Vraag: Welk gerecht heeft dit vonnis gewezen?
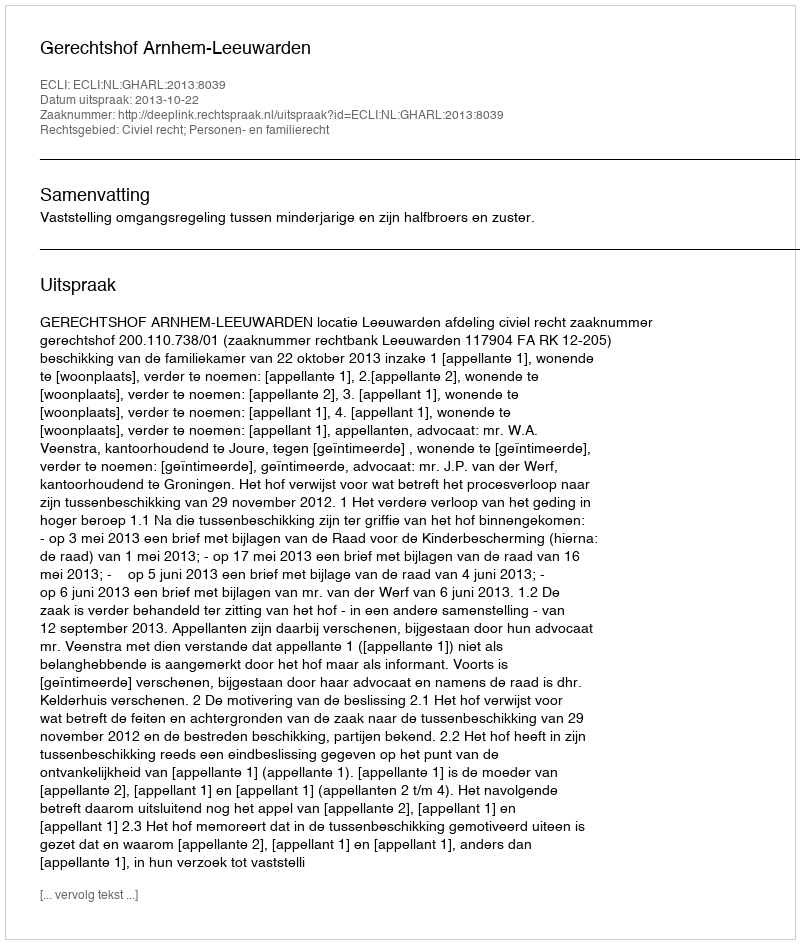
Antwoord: Gerechtshof Arnhem-Leeuwarden